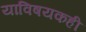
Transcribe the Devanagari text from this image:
याविषयकही